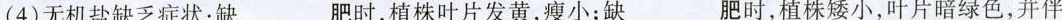
(4)无机盐缺乏症状：缺___肥时，植株叶片发黄，瘦小；缺___肥时，植株矮小，叶片暗绿色，并